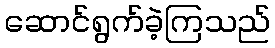
ဆောင်ရွက်ခဲ့ကြသည်